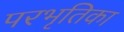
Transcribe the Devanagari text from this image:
परभृतिका